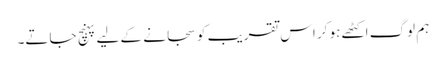
ہم لوگ اکٹھے ہو کر اس تقریب کو سجانے کے لیے پہنچ جاتے۔